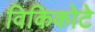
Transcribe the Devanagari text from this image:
विकिकोटे